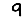
Digit: 9